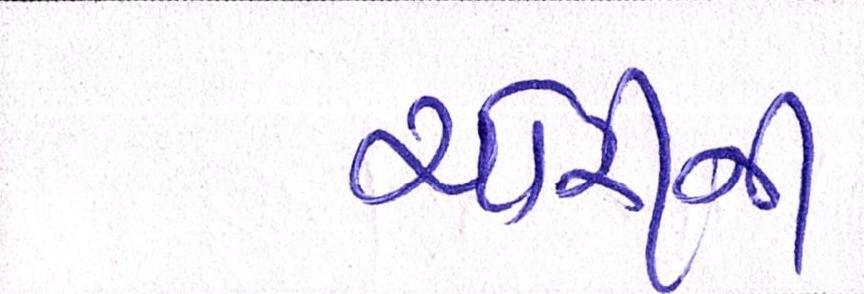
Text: ચોરીની